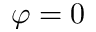
\varphi = 0